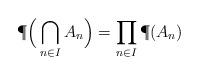
LaTeX: \begin{align*}\P \Big( \bigcap_{n\in I} A_n \Big) = \prod_{n\in I} \P(A_n)\end{align*}